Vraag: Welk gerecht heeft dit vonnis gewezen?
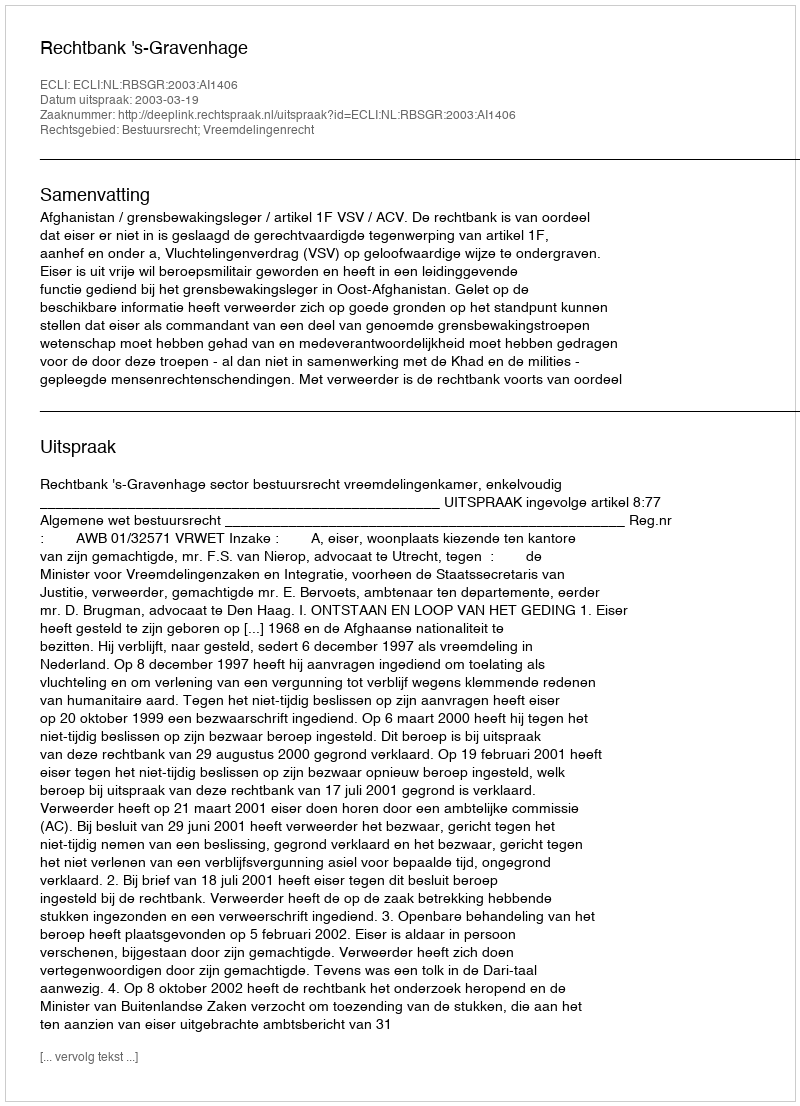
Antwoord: Rechtbank 's-Gravenhage